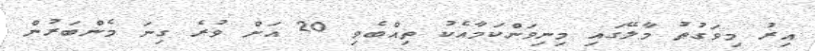
އިރު މިވަގުތު މާލޭގައި މިނިވަންކަމާއެކު ތިއްބެވި 20 އަށް ވުރެ ގިނަ މެންބަރުން